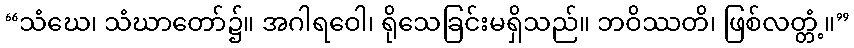
“သံဃေ၊ သံဃာတော်၌။ အဂါရဝေါ၊ ရိုသေခြင်းမရှိသည်။ ဘဝိဿတိ၊ ဖြစ်လတ္တံ့။”